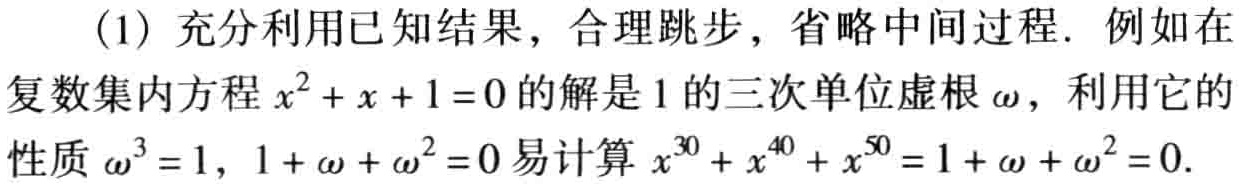
(1) 充分利用已知结果，合理跳步，省略中间过程. 例如在
复数集内方程\(x^{2}+x + 1 = 0\)的解是\(1\)的三次单位虚根\(\omega\)，利用它的
性质\(\omega^{3}=1\)，\(1+\omega+\omega^{2}=0\)易计算\(x^{30}+x^{40}+x^{50}=1+\omega+\omega^{2}=0\).